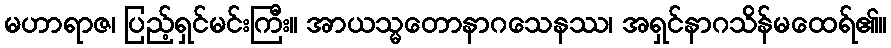
မဟာရာဇ၊ ပြည့်ရှင်မင်းကြီး။ အာယသ္မတောနာဂသေနဿ၊ အရှင်နာဂသိန်မထေရ်၏။